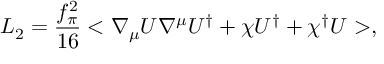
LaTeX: { \cal L } _ { 2 } = \frac { f _ { \pi } ^ { 2 } } { 1 6 } < \nabla _ { \mu } U { \nabla ^ { \mu } } U ^ { \dag } + { \chi } U ^ { \dag } + \chi ^ { \dag } U > ,